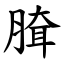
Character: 䐛